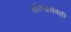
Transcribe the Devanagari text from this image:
धोरणासंबंधी